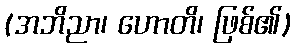
(အဘိညာ၊ ဟောတိ၊ ဖြစ်၏)